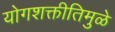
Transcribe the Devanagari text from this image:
योगशक्तीतिमुळे